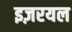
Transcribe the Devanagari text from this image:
इज़रयल